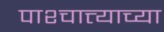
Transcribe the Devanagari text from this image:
पाश्चात्त्याच्या